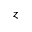
z